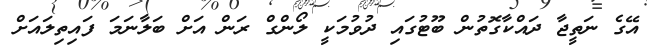
އޭގެ ނަތީޖާ ދައްކާގޮތުން ބޫޓުގައި ދުވުމަކީ ލޯންގް ރަން އަށް ބަލާނަމަ ފައިތިލައަށް